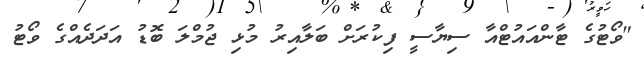
"ވޯޓުގެ ޓާންއައުޓްއާ ސިޔާސީ ފިކުރަށް ބަލާއިރު މުޅި ޖުމްލަ ބޮޑު އަދަދެއްގެ ވޯޓު